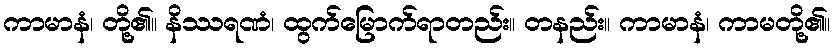
ကာမာနံ၊ တို့၏။ နိဿရဏံ၊ ထွက်မြောက်ရာတည်း။ တနည်း။ ကာမာနံ၊ ကာမတို့၏။